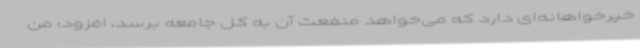
خیرخواهانه‌ای دارد که می‌خواهد منفعت آن به کل جامعه برسد، افزود: من